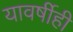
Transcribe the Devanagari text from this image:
यावर्षीही